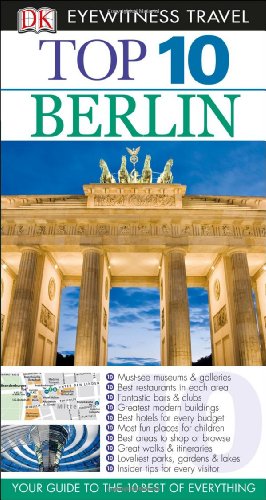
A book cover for Top 10 Berlin (Eyewitness Top 10 Travel Guide); Juergen Scheunemann; Travel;